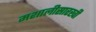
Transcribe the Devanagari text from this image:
मशालीसारखी